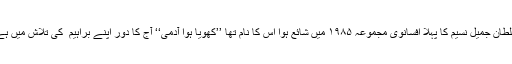
سلطان جمیل نسیم کا پہلا افسانوی مجموعہ ۱۹۸۵ میں شائع ہوا اس کا نام تھا ’’کھویا ہوا آدمی‘‘ آج کا دور اپنے براہیم ؑ کی تلاش میں ہے۔